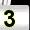
Digit: 3